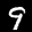
Label: 9